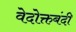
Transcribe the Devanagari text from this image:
वेदोक्तबंदी